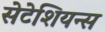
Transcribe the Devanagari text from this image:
सेटेशियन्स